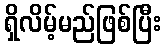
ရှိလိမ့်မည်ဖြစ်ပြီး